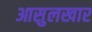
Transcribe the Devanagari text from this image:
आसुलखार